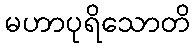
မဟာပုရိသောတိ